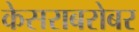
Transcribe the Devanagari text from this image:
केसराबरोबर